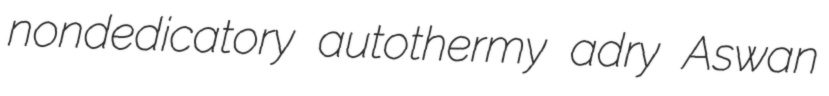
nondedicatory autothermy adry Aswan